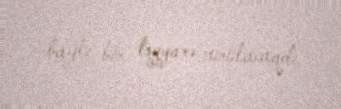
bağlı bir təyyarə vurulacaqdı.